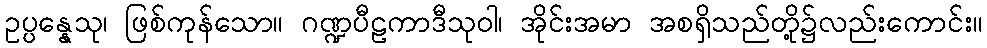
ဥပ္ပန္နေသု၊ ဖြစ်ကုန်သော။ ဂဏ္ဍပီဠကာဒီသုဝါ၊ အိုင်းအမာ အစရှိသည်တို့၌လည်းကောင်း။